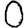
Digit: 0